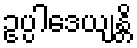
ဥပ္ပါဒေယျန္တိ